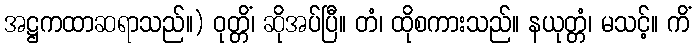
အဋ္ဌကထာဆရာသည်။) ဝုတ္တိံ၊ ဆိုအပ်ပြီ။ တံ၊ ထိုစကားသည်။ နယုတ္တံ၊ မသင့်။ ကိံ